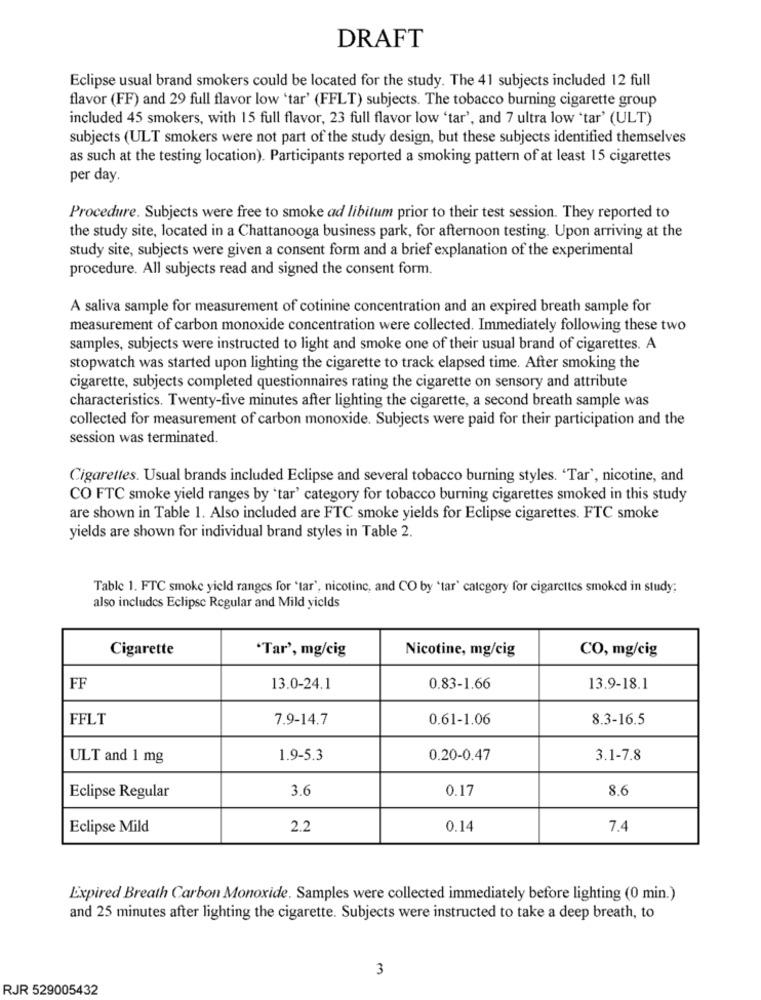
DRAFT
Eclipse usual brand smokers could be located for the study. The 41 subjects included 12 full
flavor (FF) and 29 full flavor low 'tar' (FFLT) subjects. The tobacco burning cigarette group
included 45 smokers, with 15 full flavor, 23 full flavor low 'tar', and 7 ultra low 'tar' (ULT)
subjects (ULT smokers were not part of the study design, but these subjects identified themselves
as such at the testing location). Participants reported a smoking pattern of at least 15 cigarettes
per day.
Procedure. Subjects were free to smoke ad libitum prior to their test session. They reported to
the study site, located in a Chattanooga business park, for afternoon testing. Upon arriving at the
study site, subjects were given a consent form and a brief explanation of the experimental
procedure. All subjects read and signed the consent form.
A saliva sample for measurement of cotinine concentration and an expired breath sample for
measurement of carbon monoxide concentration were collected. Immediately following these two
samples, subjects were instructed to light and smoke one of their usual brand of cigarettes. A
stopwatch was started upon lighting the cigarette to track elapsed time. After smoking the
cigarette, subjects completed questionnaires rating the cigarette on sensory and attribute
characteristics. Twenty-five minutes after lighting the cigarette, a second breath sample was
collected for measurement of carbon monoxide. Subjects were paid for their participation and the
session was terminated.
Cigarettes. Usual brands included Eclipse and several tobacco burning styles. 'Tar', nicotine, and
CO FTC smoke yield ranges by 'tar' category for tobacco burning cigarettes smoked in this study
are shown in Table 1. Also included are FTC smoke yields for Eclipse cigarettes. FTC smoke
yields are shown for individual brand styles in Table 2.
Table 1. FTC smoke yield ranges for 'tar', nicotine, and CO by 'tar' category for cigarettes smoked in study;
also includes Eclipse Regular and Mild yields
Cigarette
"Tar', mg/cig
Nicotine, mg/cig
CO, mg/cig
FF
13.0-24.1
0.83-1.66
13.9-18.1
FFLT
7.9-14.7
0.61-1.06
8.3-16.5
ULT and 1 mg
1.9-5.3
0.20-0.47
3.1-7.8
3.6
0.17
8.6
Eclipse Regular
Eclipse Mild
2.2
0.14
7.4
Expired Breath Carbon Monoxide. Samples were collected immediately before lighting (0 min.)
and 25 minutes after lighting the cigarette. Subjects were instructed to take a deep breath, to
3
RJR 529005432